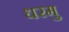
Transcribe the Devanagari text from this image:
धरमु